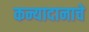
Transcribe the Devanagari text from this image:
कन्यादानाचे